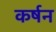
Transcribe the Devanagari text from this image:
कर्षन